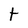
Character: T